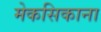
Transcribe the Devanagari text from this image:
मेकसिकाना